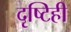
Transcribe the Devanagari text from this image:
दृष्टिही